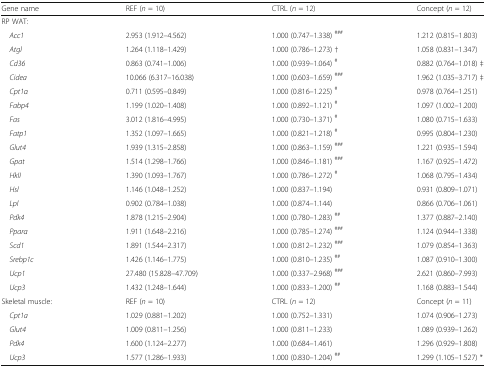
<table><thead><tr><td><b>Gene name</b></td><td><b>REF (<i>n</i> = 10)</b></td><td><b>CTRL (<i>n</i> = 12)</b></td><td><b>Concept (<i>n</i> = 12)</b></td></tr></thead><tbody><tr><td colspan="4">RP WAT:</td></tr><tr><td> <i>Acc1</i></td><td>2.953 (1.912–4.562)</td><td>1.000 (0.747–1.338) <sup>###</sup></td><td>1.212 (0.815–1.803)</td></tr><tr><td> <i>Atgl</i></td><td>1.264 (1.118–1.429)</td><td>1.000 (0.786–1.273) †</td><td>1.058 (0.831–1.347)</td></tr><tr><td> <i>Cd36</i></td><td>0.863 (0.741–1.006)</td><td>1.000 (0.939–1.064) <sup>#</sup></td><td>0.882 (0.764–1.018) ‡</td></tr><tr><td> <i>Cidea</i></td><td>10.066 (6.317–16.038)</td><td>1.000 (0.603–1.659) <sup>###</sup></td><td>1.962 (1.035–3.717) ‡</td></tr><tr><td> <i>Cpt1α</i></td><td>0.711 (0.595–0.849)</td><td>1.000 (0.816–1.225) <sup>#</sup></td><td>0.978 (0.764–1.251)</td></tr><tr><td> <i>Fabp4</i></td><td>1.199 (1.020–1.408)</td><td>1.000 (0.892–1.121) <sup>#</sup></td><td>1.097 (1.002–1.200)</td></tr><tr><td> <i>Fas</i></td><td>3.012 (1.816–4.995)</td><td>1.000 (0.730–1.371) <sup>#</sup></td><td>1.080 (0.715–1.633)</td></tr><tr><td> <i>Fatp1</i></td><td>1.352 (1.097–1.665)</td><td>1.000 (0.821–1.218) <sup>#</sup></td><td>0.995 (0.804–1.230)</td></tr><tr><td> <i>Glut4</i></td><td>1.939 (1.315–2.858)</td><td>1.000 (0.863–1.159) <sup>###</sup></td><td>1.221 (0.935–1.594)</td></tr><tr><td> <i>Gpat</i></td><td>1.514 (1.298–1.766)</td><td>1.000 (0.846–1.181) <sup>###</sup></td><td>1.167 (0.925–1.472)</td></tr><tr><td> <i>HkII</i></td><td>1.390 (1.093–1.767)</td><td>1.000 (0.786–1.272) <sup>#</sup></td><td>1.068 (0.795–1.434)</td></tr><tr><td> <i>Hsl</i></td><td>1.146 (1.048–1.252)</td><td>1.000 (0.837–1.194)</td><td>0.931 (0.809–1.071)</td></tr><tr><td> <i>Lpl</i></td><td>0.902 (0.784–1.038)</td><td>1.000 (0.874–1.144)</td><td>0.866 (0.706–1.061)</td></tr><tr><td> <i>Pdk4</i></td><td>1.878 (1.215–2.904)</td><td>1.000 (0.780–1.283) <sup>##</sup></td><td>1.377 (0.887–2.140)</td></tr><tr><td> <i>Pparα</i></td><td>1.911 (1.648–2.216)</td><td>1.000 (0.785–1.274) <sup>###</sup></td><td>1.124 (0.944–1.338)</td></tr><tr><td> <i>Scd1</i></td><td>1.891 (1.544–2.317)</td><td>1.000 (0.812–1.232) <sup>###</sup></td><td>1.079 (0.854–1.363)</td></tr><tr><td> <i>Srebp1c</i></td><td>1.426 (1.146–1.775)</td><td>1.000 (0.810–1.235) <sup>##</sup></td><td>1.087 (0.910–1.300)</td></tr><tr><td> <i>Ucp1</i></td><td>27.480 (15.828–47.709)</td><td>1.000 (0.337–2.968) <sup>###</sup></td><td>2.621 (0.860–7.993)</td></tr><tr><td> <i>Ucp3</i></td><td>1.432 (1.248–1.644)</td><td>1.000 (0.833–1.200) <sup>##</sup></td><td>1.168 (0.883–1.544)</td></tr><tr><td>Skeletal muscle:</td><td>REF (<i>n</i> = 10)</td><td>CTRL (<i>n</i> = 12)</td><td>Concept (<i>n</i> = 11)</td></tr><tr><td> <i>Cpt1a</i></td><td>1.029 (0.881–1.202)</td><td>1.000 (0.752–1.331)</td><td>1.074 (0.906–1.273)</td></tr><tr><td> <i>Glut4</i></td><td>1.009 (0.811–1.256)</td><td>1.000 (0.811–1.233)</td><td>1.089 (0.939–1.262)</td></tr><tr><td> <i>Pdk4</i></td><td>1.600 (1.124–2.277)</td><td>1.000 (0.684–1.461)</td><td>1.296 (0.929–1.808)</td></tr><tr><td> <i>Ucp3</i></td><td>1.577 (1.286–1.933)</td><td>1.000 (0.830–1.204) <sup>##</sup></td><td>1.299 (1.105–1.527) *</td></tr></tbody></table>